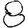
Digit: 8